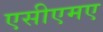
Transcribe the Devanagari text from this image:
एसीएमए